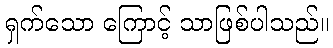
ရှက်သော ကြောင့် သာဖြစ်ပါသည်။